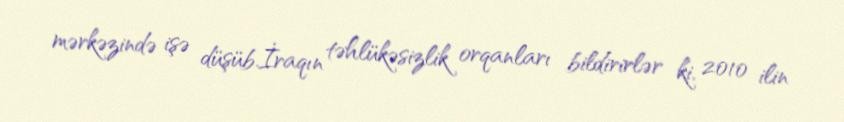
mərkəzində işə düşüb.İraqın təhlükəsizlik orqanları bildirirlər ki, 2010 ilin